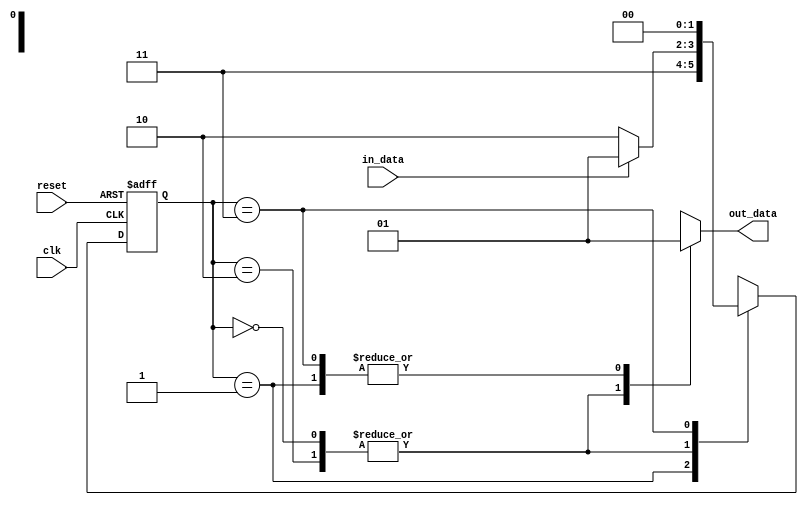
module fsm (
    input clk,
    input reset,
    input in_data,
    output reg out_data
);

// State definitions
parameter STATE_A = 2'b00;
parameter STATE_B = 2'b01;
parameter STATE_C = 2'b10;
parameter STATE_D = 2'b11;

// State register
reg [1:0] state, next_state;

// State transitions logic
always @(posedge clk or posedge reset) begin
    if (reset) begin
        state <= STATE_A;
    end else begin
        state <= next_state;
    end
end

// Outputs logic
always @(*) begin
    case (state)
        STATE_A: begin
            out_data = 1'b0;
            if (in_data) next_state = STATE_B;
            else next_state = STATE_C;
        end
        STATE_B: begin
            out_data = 1'b1;
            next_state = STATE_D;
        end
        STATE_C: begin
            out_data = 1'b0;
            if (in_data) next_state = STATE_B;
            else next_state = STATE_C;
        end
        STATE_D: begin
            out_data = 1'b1;
            next_state = STATE_A;
        end
    endcase
end

endmodule